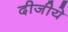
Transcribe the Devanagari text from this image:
दीजीये